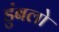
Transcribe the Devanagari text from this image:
डुंबलो